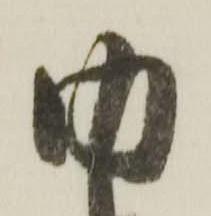
内